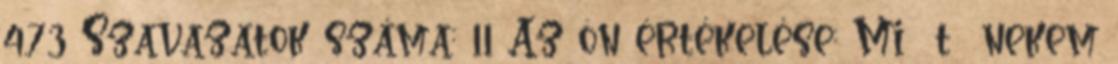
4.73 Szavazatok száma: 11 Az ön értékelése: Mi t nekem